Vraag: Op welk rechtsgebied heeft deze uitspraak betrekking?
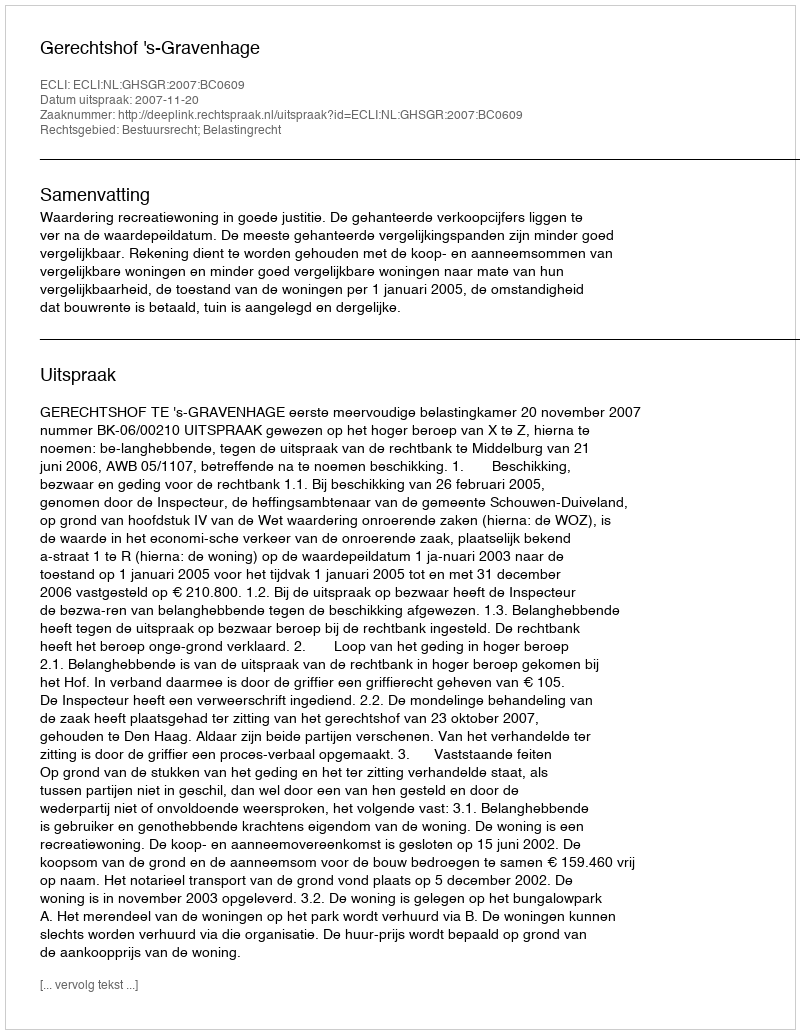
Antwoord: Bestuursrecht; Belastingrecht